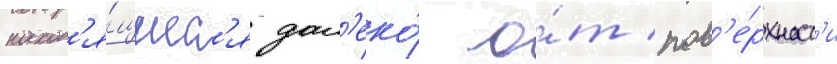
наход'я́щиес'я дал'еко́ о́т пов'е́рхност'и